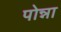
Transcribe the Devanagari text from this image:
पोन्ना